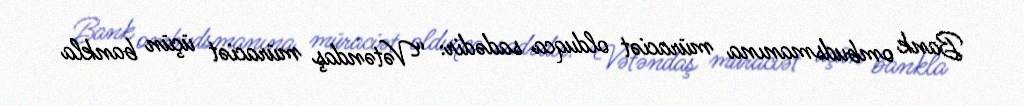
Bank ombudsmanına müraciət olduqca sadədir: “Vətəndaş müraciət üçün bankla